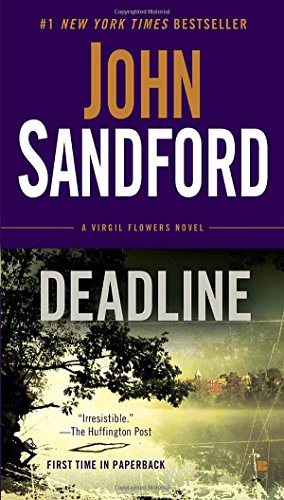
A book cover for Deadline: A Virgil Flowers Novel; John Sandford; Mystery, Thriller & Suspense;